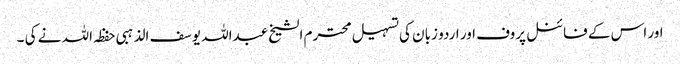
اور اس کے فائنل پروف اور اردو زبان کی تسہیل محترم الشیخ عبداللہ یوسف الذہبی حفظہ اللہ نے کی ۔